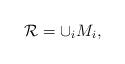
LaTeX: \begin{align*} \mathcal{R}= \cup_{i} M_i ,\end{align*}